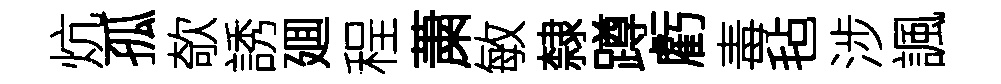
炕孤欹誘廽程䔥敏隸蹲虧毒毡涉諷